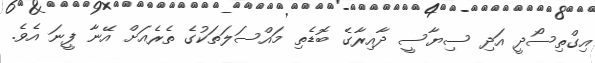
އިގްތިސޯދީ އަދި ސިޔާސީ ދާއިރާގެ ބޮޑެތި މައްސަލަތަކުގެ ތެރެއަށް އޭނާ ފީނަ އެވެ.